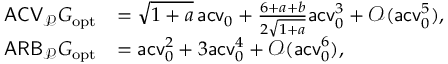
\begin{array} { r l } { \mathsf { A C V } _ { \mathcal P } G _ { \mathrm { o p t } } } & { = \sqrt { 1 + a } \, \mathsf { a c v } _ { 0 } + \frac { 6 + a + b } { 2 \sqrt { 1 + a } } \mathsf { a c v } _ { 0 } ^ { 3 } + \mathcal O ( \mathsf { a c v } _ { 0 } ^ { 5 } ) , } \\ { \mathsf { A R B } _ { \mathcal P } G _ { \mathrm { o p t } } } & { = \mathsf { a c v } _ { 0 } ^ { 2 } + 3 \mathsf { a c v } _ { 0 } ^ { 4 } + \mathcal O ( \mathsf { a c v } _ { 0 } ^ { 6 } ) , } \end{array}